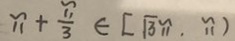
\pi + \frac { \pi } { 3 } \in [ \sqrt { 3 } \pi , \pi )